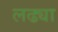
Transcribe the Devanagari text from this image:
लढ्या